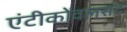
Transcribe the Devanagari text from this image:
एंटीकोंवलसंट